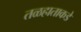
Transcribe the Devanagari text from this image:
तळहाताकडे